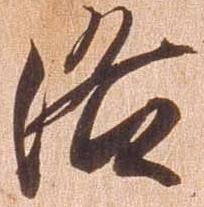
洛